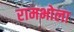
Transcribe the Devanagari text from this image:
रामभोला